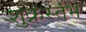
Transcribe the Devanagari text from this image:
शुक्रस्तंभ